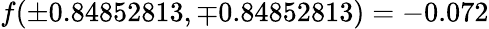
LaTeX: f(\pm 0.84852813,\mp 0.84852813)=-0.072